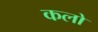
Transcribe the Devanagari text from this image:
कलो